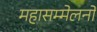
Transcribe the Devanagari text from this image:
महासम्मेलनों